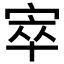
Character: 𡨧